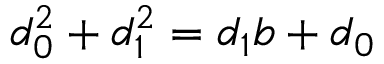
d _ { 0 } ^ { 2 } + d _ { 1 } ^ { 2 } = d _ { 1 } b + d _ { 0 }